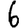
Digit: 6